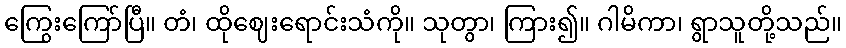
ကြွေးကြော်ပြီ။ တံ၊ ထိုဈေးရောင်းသံကို။ သုတွာ၊ ကြား၍။ ဂါမိကာ၊ ရွာသူတို့သည်။